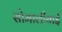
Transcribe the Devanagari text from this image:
सोमालीयाई